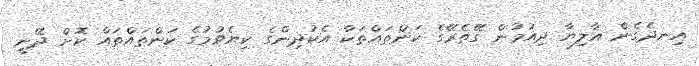
އިނދެގެން އާލިޔާ ދިއުމުން ގޭތެރޭގެ ކަންތައްތަކާ އެކުދިންގެ ކިޔެވުމުގެ ކަންތައްތައް ކޮށް ދޭނީ